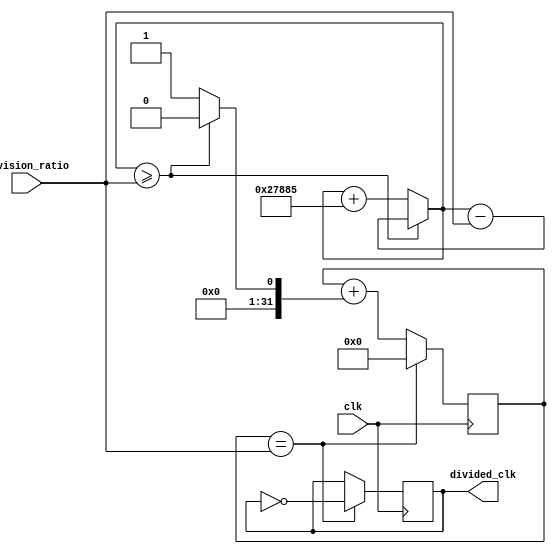
module fractional_clock_divider (
    input clk,
    input [31:0] division_ratio,
    output reg divided_clk
);

reg [31:0] counter;
reg [31:0] accumulator;
reg [31:0] increment_value;

always @(posedge clk) begin
    if (counter == division_ratio) begin
        divided_clk <= ~divided_clk;
        counter <= 0;
    end else begin
        counter <= counter + increment_value;
    end
end

always @* begin
    if (accumulator >= division_ratio) begin
        increment_value = 0;
        accumulator = accumulator - division_ratio;
    end else begin
        increment_value = 1;
        accumulator = accumulator + (32385 * 5); // Adjust this value for desired fractional division ratio
    end
end

endmodule